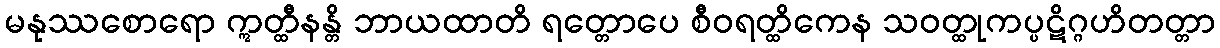
မနုဿစောရော ဣတ္ထီနန္တိ ဘာယထာတိ ရတ္တောပေ စီဝရတ္ထိကေန သဝတ္ထုကပ္ပဋိဂ္ဂဟိတတ္တာ